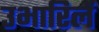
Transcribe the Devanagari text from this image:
उभारिलें